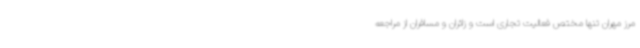
مرز مهران تنها مختص فعالیت تجاری است و زائران و مسافران از مراجعه